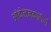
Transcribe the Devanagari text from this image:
आंदोलनकारीयाँ